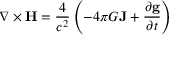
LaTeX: \nabla \times \mathbf { H } = { \frac { 4 } { c ^ { 2 } } } \left( - 4 \pi G \mathbf { J } + { \frac { \partial \mathbf { g } } { \partial t } } \right) \,